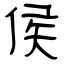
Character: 侯